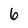
Character: 6